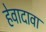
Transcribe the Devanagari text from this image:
हेवादावा